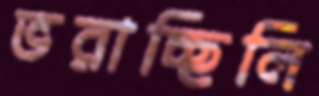
ভরাচ্ছিলি